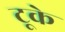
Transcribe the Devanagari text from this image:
टूके